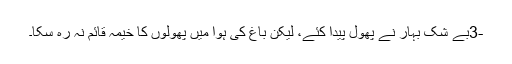
-3بے شک بہار نے پھول پیدا کئے، لیکن باغ کی ہوا میں پھولوں کا خیمہ قائم نہ رہ سکا۔